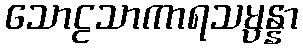
သောဠသာကာရသမ္ပန္နာ